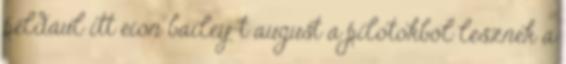
például itt eion bailey-t august a pilotokból lesznek a